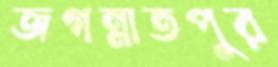
জগন্নাতপুর